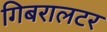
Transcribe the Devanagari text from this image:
गिबरालटर